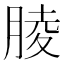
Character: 𦝄